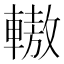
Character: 𨎞